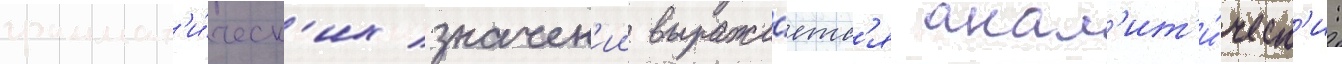
граммат'и́ческ'их значен'ии выража́етс'я анал'ит'и́ческ'и: